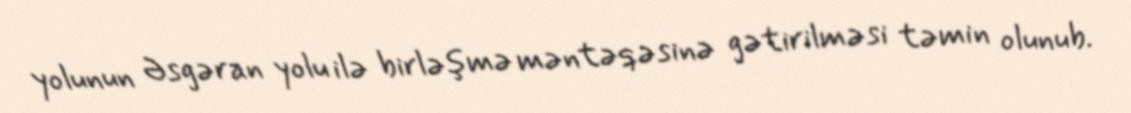
yolunun Əsgəran yolu ilə birləşmə məntəqəsinə gətirilməsi təmin olunub.